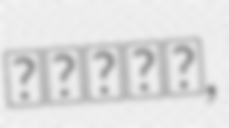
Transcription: إنجاز,